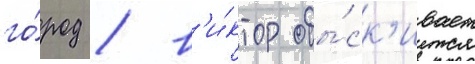
го́род / в'и́ктор обы́ск'ивает